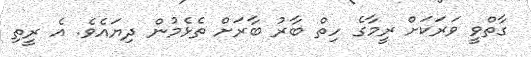
ގާތްވީ ވަރަކަށް ރީމާގެ ހިތް ބާރު ބާރަށް ތެޅެމުން ދިޔައެވެ. އެ ރީތި